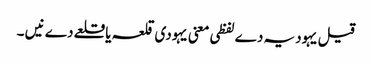
قیل یہودیہ دے لفظی معنی یہودی قلعہ یا قلعے دے نیں ۔